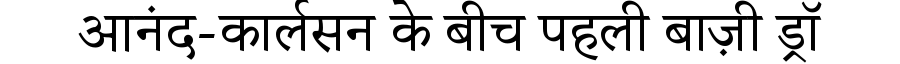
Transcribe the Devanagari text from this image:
आनंद-कार्लसन के बीच पहली बाज़ी ड्रॉ